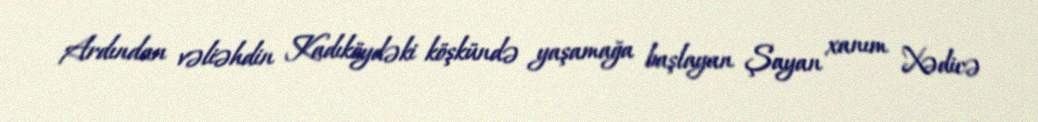
Ardından vəliəhdin Kadıköydəki köşkündə yaşamağa başlayan Şayan xanım Xədicə